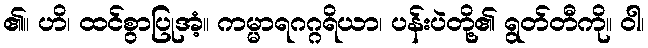
၏။ ဟိ၊ ထင်စွာပြုအံ့။ ကမ္မာရဂဂ္ဂရိယာ၊ ပန်းပဲတို့၏ ရွတ်တီကို။ ဝါ၊